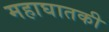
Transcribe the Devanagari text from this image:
महाघातकी